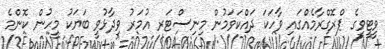
ވީޓީވީގެ ޕްރޮގްރާމެއްގައި ވާހަކަ ދައްކަވަމުން މިނިސްޓަރ އުމަރު ވިދާޅުވީ ބަޔަކު މީހުން ކޮންމެ